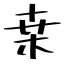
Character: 桒